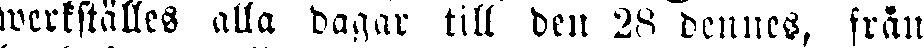
werkställes alla dagar till den 28 dennes, från